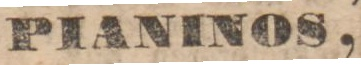
PIANINOS,